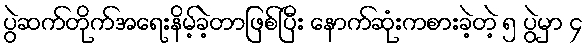
ပွဲဆက်တိုက်အရေးနိမ့်ခဲ့တာဖြစ်ပြီး နောက်ဆုံးကစားခဲ့တဲ့ ၅ ပွဲမှာ ၄